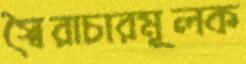
স্বৈরাচারমূলক